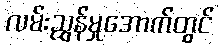
လမ်းညွှန်မှုအောက်တွင်